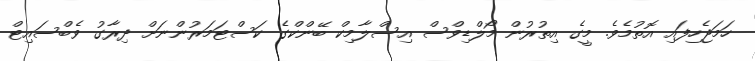
ހަމަޖެހިފައި އޮތުމެވެ. މީގެ އިތުރުން މޯލްޑިވްސް އިސްލާމިކް ބޭންކްގެ ކަސްޓަމަރުންނަށް ދިރާގު ވެބްސައިޓް